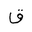
Letter: _qaf